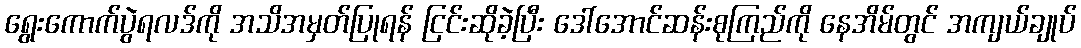
ရွေးကောက်ပွဲရလဒ်ကို အသိအမှတ်ပြုရန် ငြင်းဆိုခဲ့ပြီး ဒေါ်အောင်ဆန်းစုကြည်ကို နေအိမ်တွင် အကျယ်ချုပ်